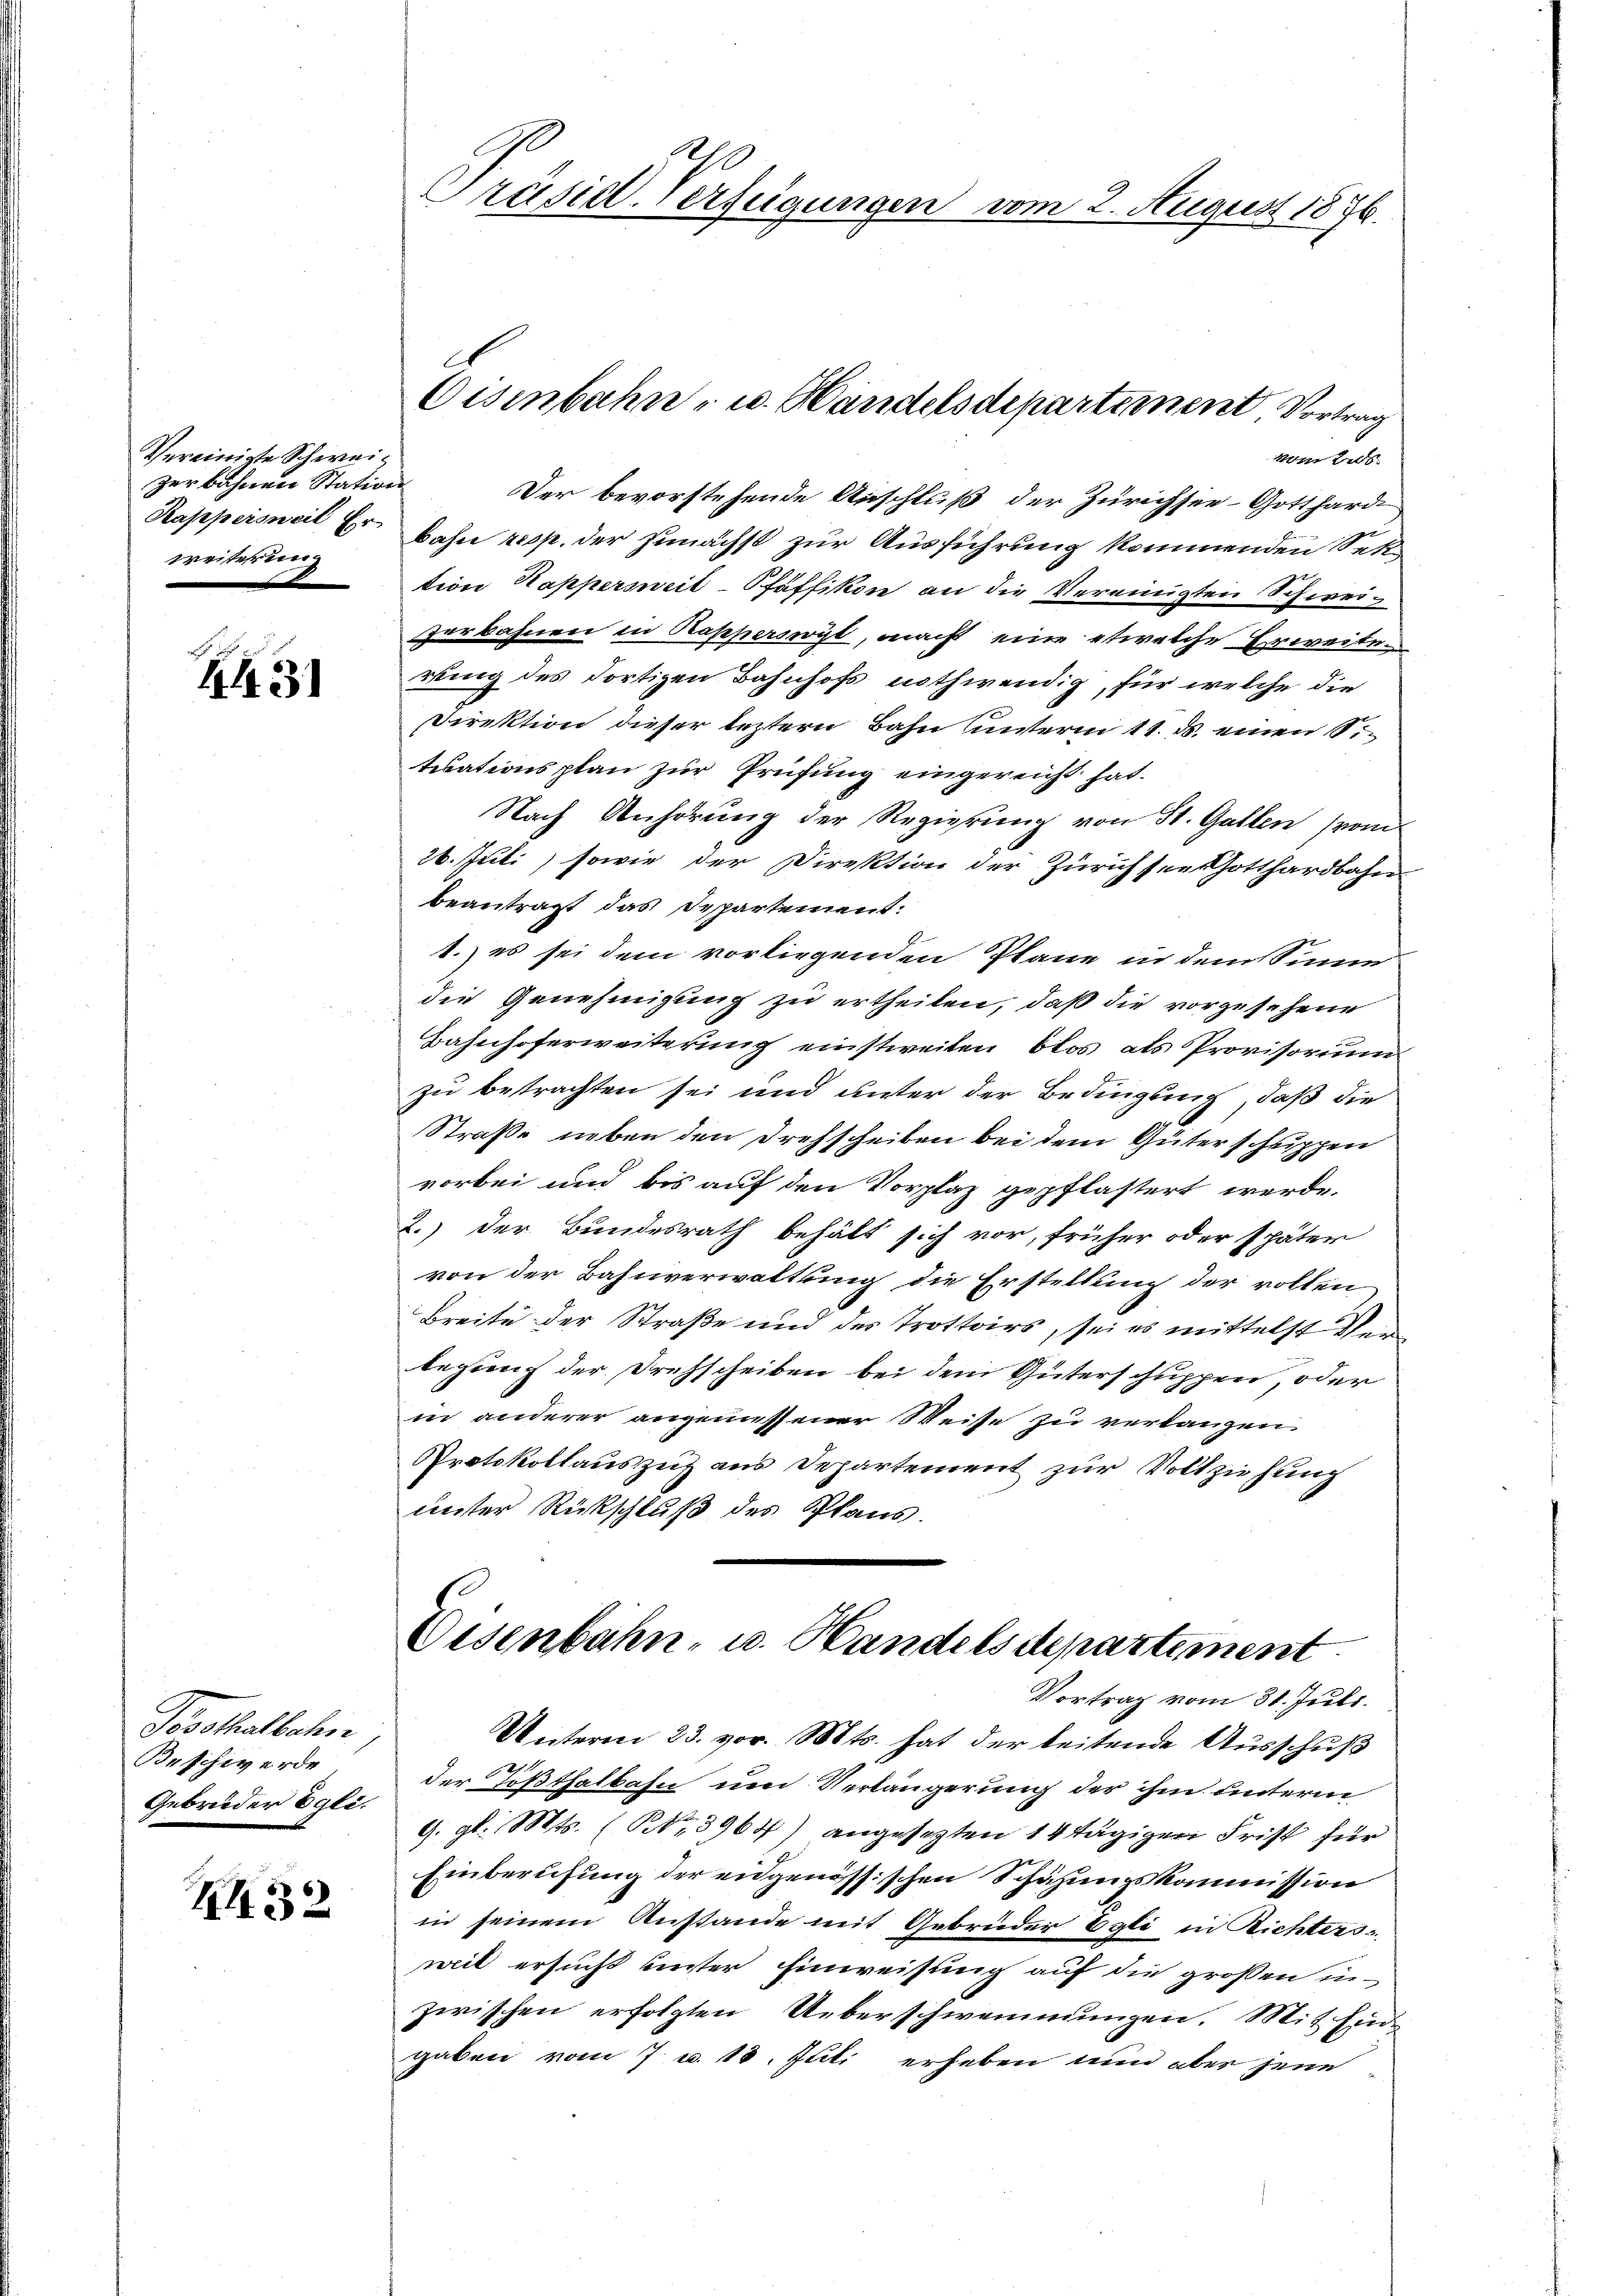
Vereinigte Schweizerbahnen Station
Kappersweil Er-
weiterung

443

Tosothalbahn,
Beschwerde
Gebrüder Egli.

H32

Präsidl-Verfeigungen vom 2. August 1876.

Eisenbahn- u. Handelsdepartement Vortrag
vom 2

Der bevorstehende Anschluß der Zürichsee-Gotthard
bahn resp. der Zunächst zur Ausführung kommenden Sektion Happersweil-Pfäffikon an die Vereinigten Schweizerbahnen in Rasperswyl, macht eine etwelche Erweiten
ring des dortigen Bahnhofs nothwendig, für welche die
Direktion dieser leztern Bahn unterm 11. ds. einen Sie
tuationsplan zur Prüfung eingereicht hat.
Nach Anhörung der Regierung von St. Gallen (vom
26. Juli, sowie der Direktion der Zürichsee Gotthardbahn
beantragt das Departement.
1.) es sei dem vorliegenden Plane in dem Sinne
die Genehmigung zu ertheilen, daß die vorzusehene
Bahnhoferweiterung einstweilen, blos als Provisorium
zu betrachten sei und unter der Bedingung, daß die
Straße neben den Drehscheiben bei dem Güterschuppen
vorbei und bis auf den Vorplaz gepflastert werde.
2.) Der Bundesrath behält sich vor, früher oder später
von der Bahnverwaltung die Erstellung der vollen
Breite der Straße und des Trottoirs, sei es mittelst Verlegung der Drehscheiben bei dem Güterschuppen, oder
in anderer angemessener Weise zu verlangen.
Protokollauszug aus Departement zur Vollziehung
unter Rückschluß des Plans.
Eisenbahn- u. Handelsdepartement
Vortrag vom 31. Juli.
Unterm 23. vor. Mts. hat der leitende Ausschuß
der Tößthalbahn um Verlängerung der ihm unterm
9. gl. Mts. (Nr. 3964) angesezten 14 tägigen Frist für
Einberufung der eidgenössischen Schazungskommission
in seinem Anstande mit Gebrüder Egli in Richters
weil ersucht bester Einweisung auf die großen in-
zwischen erfolgten Ueberschwemmungen. Mit End-
gaben vom 7. u. 18. Juli erheben nun aber jene